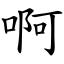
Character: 啊